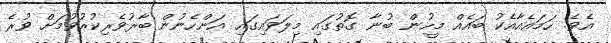
އެވެ. ހަމައެއާއެކު ބައެއް މީހުން ބުނާ ގޮތުގައި މިލަވައިގައި އަންހެނުން ބާރުވެރިކުރުވުމަށް ވުރެ